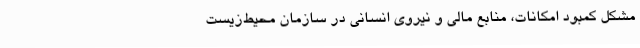
مشکل کمبود امکانات، منابع مالی و نیروی انسانی در سازمان محیط‌زیست